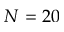
N = 2 0